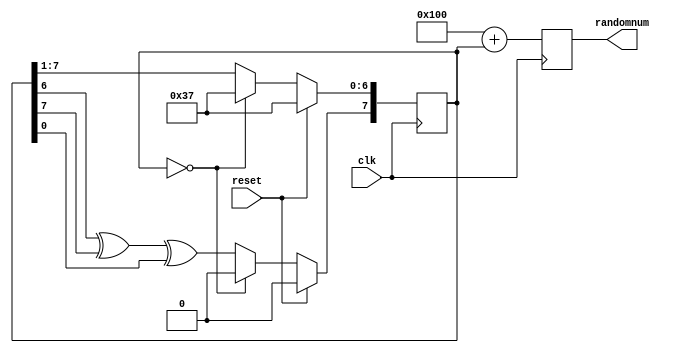
`timescale 1ns / 1ps
//////////////////////////////////////////////////////////////////////////////////
// Company: 
// Engineer: 
// 
// Design Name: 
// Module Name:    pngenerator 
// Project Name: 
// Target Devices: 
// Tool versions: 
// Description: 
//
// Dependencies: 
//
// Revision: 
// Revision 0.01 - File Created
// Additional Comments: 
//
//////////////////////////////////////////////////////////////////////////////////
module PNGenerator(clk, reset, randomnum);

input clk;
input reset;
output reg [8:0] randomnum;

reg [7:0] randtemp;

always @(posedge clk)
begin
	if(reset)
		randtemp <= 8'b00110111;
	else if (randtemp == 8'b00000000)
		randtemp <= 8'b00110111;
	else begin
		randtemp [6:0] <= randtemp [7:1];
		randtemp [7] <= randtemp[6]^randtemp[7]^randtemp [0];
	end
	randomnum <= 9'b100000000+{1'b0,randtemp};
end	
	
	
endmodule